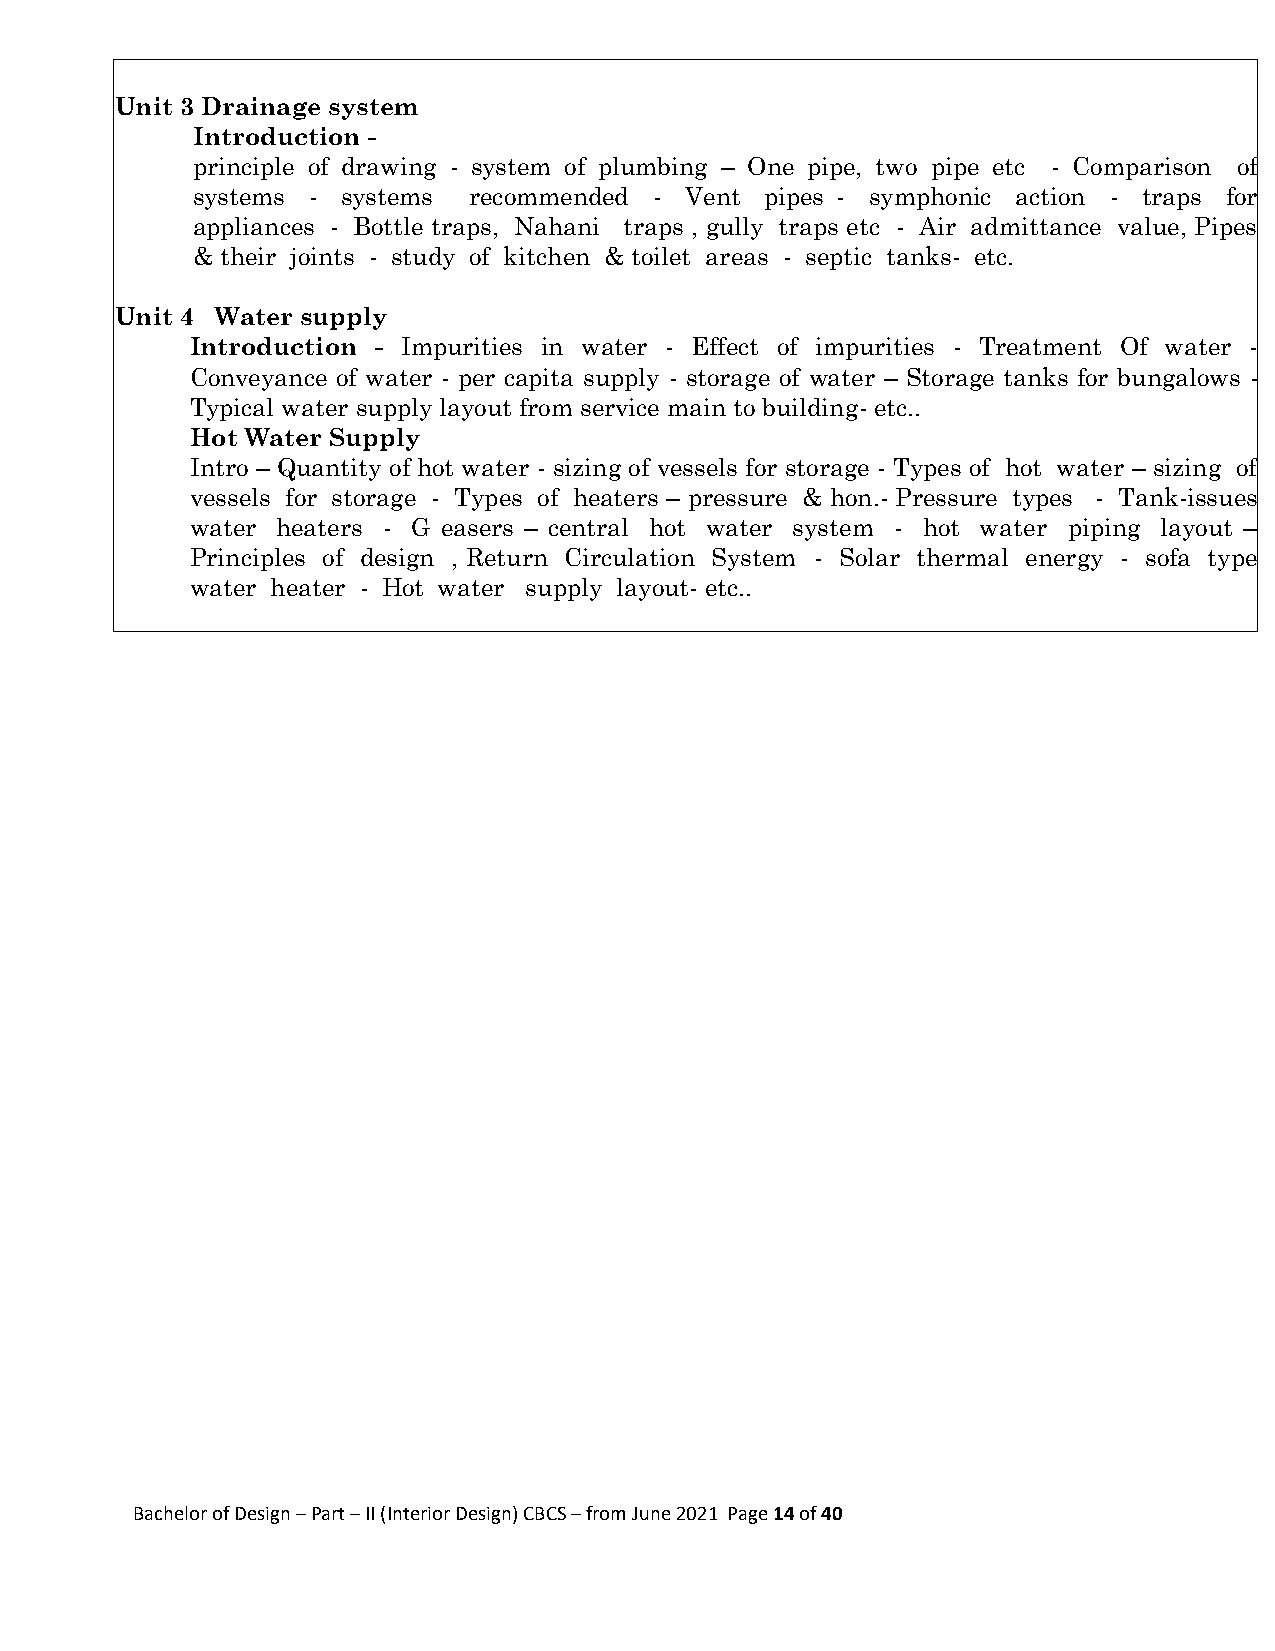
Unit 3 Drainage system
 Introduction -
 principle of drawing - system of plumbing – One pipe, two pipe etc - Comparison of
 systems - systems recommended - Vent  pipes - symphonic action - traps for
 appliances - Bottle traps, Nahani traps , gully traps etc - Air admittance value, Pipes
 & their joints - study of kitchen & toilet areas - septic tanks- etc.
 Unit 4 Water supply
 Introduction - Impurities in water - Effect of impurities - Treatment Of water -
 Conveyance of water - per capita supply - storage of water – Storage tanks for bungalows -
 Typical water supply layout from service main to building- etc..
 Hot Water Supply
 Intro – Quantity of hot water - sizing of vessels for storage - Types of hot water – sizing of
 vessels for storage - Types of heaters – pressure & hon.- Pressure types - Tank-issues
 water heaters - G easers – central hot water system - hot water piping layout –
 Principles of design , Return Circulation System - Solar thermal energy - sofa type
 water heater - Hot water supply layout- etc..
 Bachelor of Design – Part – II (Interior Design) CBCS – from June 2021 Page 14 of 40